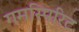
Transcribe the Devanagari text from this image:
गमस्पिरिट